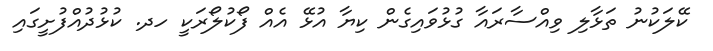
ކޭލަކުނު ތަޅާލި ވިއްސާރައާ ގުޅުވައިގެން ކިޔާ އުޅޭ އެއް ފޯކުލޯރަކީ ހދ. ކުޅުދުއްފުށީގައި